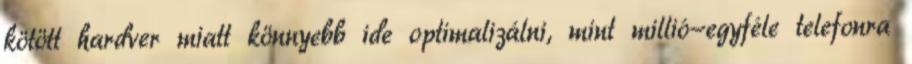
kötött hardver miatt könnyebb ide optimalizálni, mint millió-egyféle telefonra